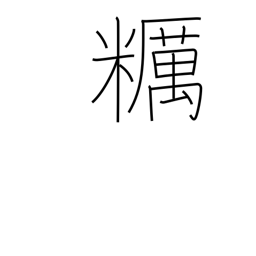
Meaning: unpolished rice